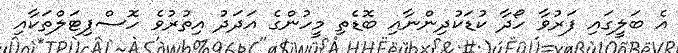
އެ ބަލީގައި ފަރުވާ ހޯދާ ކުޑަކުދިންނާއި ބޮޑެތި މީހުންގެ އަދަދު އިތުރުވެ ހޮސްޕިޓަލްތަކާއި